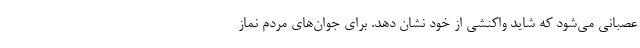
عصبانی می‌شود که شاید واکنشی از خود نشان دهد. برای جوان‌های مردم نماز